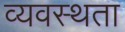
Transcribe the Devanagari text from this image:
व्यवस्थता